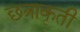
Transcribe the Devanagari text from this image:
छत्राकृती